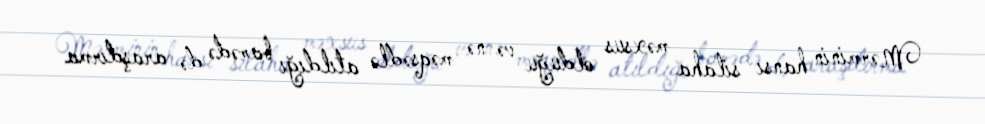
Mərminin hansı silaha məxsus olduğu və nə məqsədlə atıldığı barədə də araşdırma